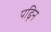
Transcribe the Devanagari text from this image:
पढ़िन